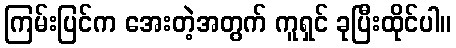
ကြမ်းပြင်က အေးတဲ့အတွက် ကူရှင် ခုပြီးထိုင်ပါ။